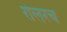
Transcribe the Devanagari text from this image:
रोलरच